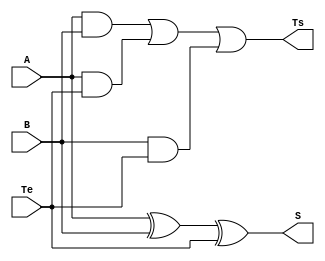
// 5 aula prtica
// Matheus Dias de Souza Barros
// Somador de 1 bit


module somador1bit(A, B, Te, Ts, S);//variaveis que aparecem no circuito

//input [17:15]SW;

input A, B, Te;

output Ts, S;


assign S =A ^ B ^ Te;
assign Ts = (A&B) | (A&Te) | (B&Te);


	


endmodule